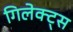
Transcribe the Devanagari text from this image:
गिलेक्ट्स